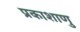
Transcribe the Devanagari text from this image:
प्रकाशाणु